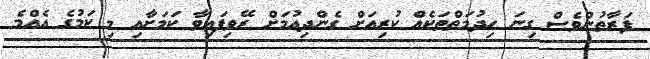
ފަރާތުންވެސް ގިނަ ހިދުމަތްތަކެއް ކުރިއަށް ގެންދިއުމަށް ރޭވިފައިވާ ކަމަށާއި މި ކަމުގެ އެއްމެ